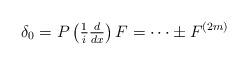
LaTeX: \begin{align*}\delta_{0}=P\left(\tfrac{1}{i}\tfrac{d}{dx}\right)F=\cdots\pm F^{\left(2m\right)}\end{align*}